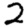
Digit: 2